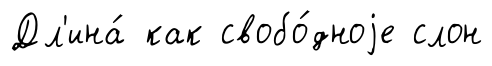
Дл'ина́ как свобо́дноjе слон